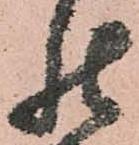
罷